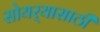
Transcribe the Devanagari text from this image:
सोयर्‍यासाठी